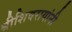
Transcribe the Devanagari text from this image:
श्रीशिवरायांनी